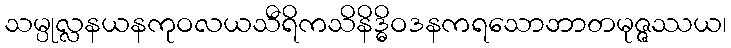
သမ္ပုလ္လနယနကုဝလယသီရိကသိနိဒ္ဓိဝဒနကရသောဘာတမုဇ္ဇဿယ၊